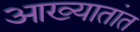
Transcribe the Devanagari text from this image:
आख्यातांत